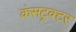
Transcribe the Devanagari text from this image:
कंसट्रक्टर